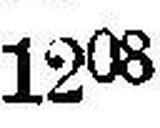
1208